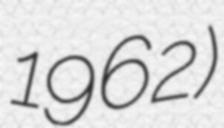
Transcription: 1962)